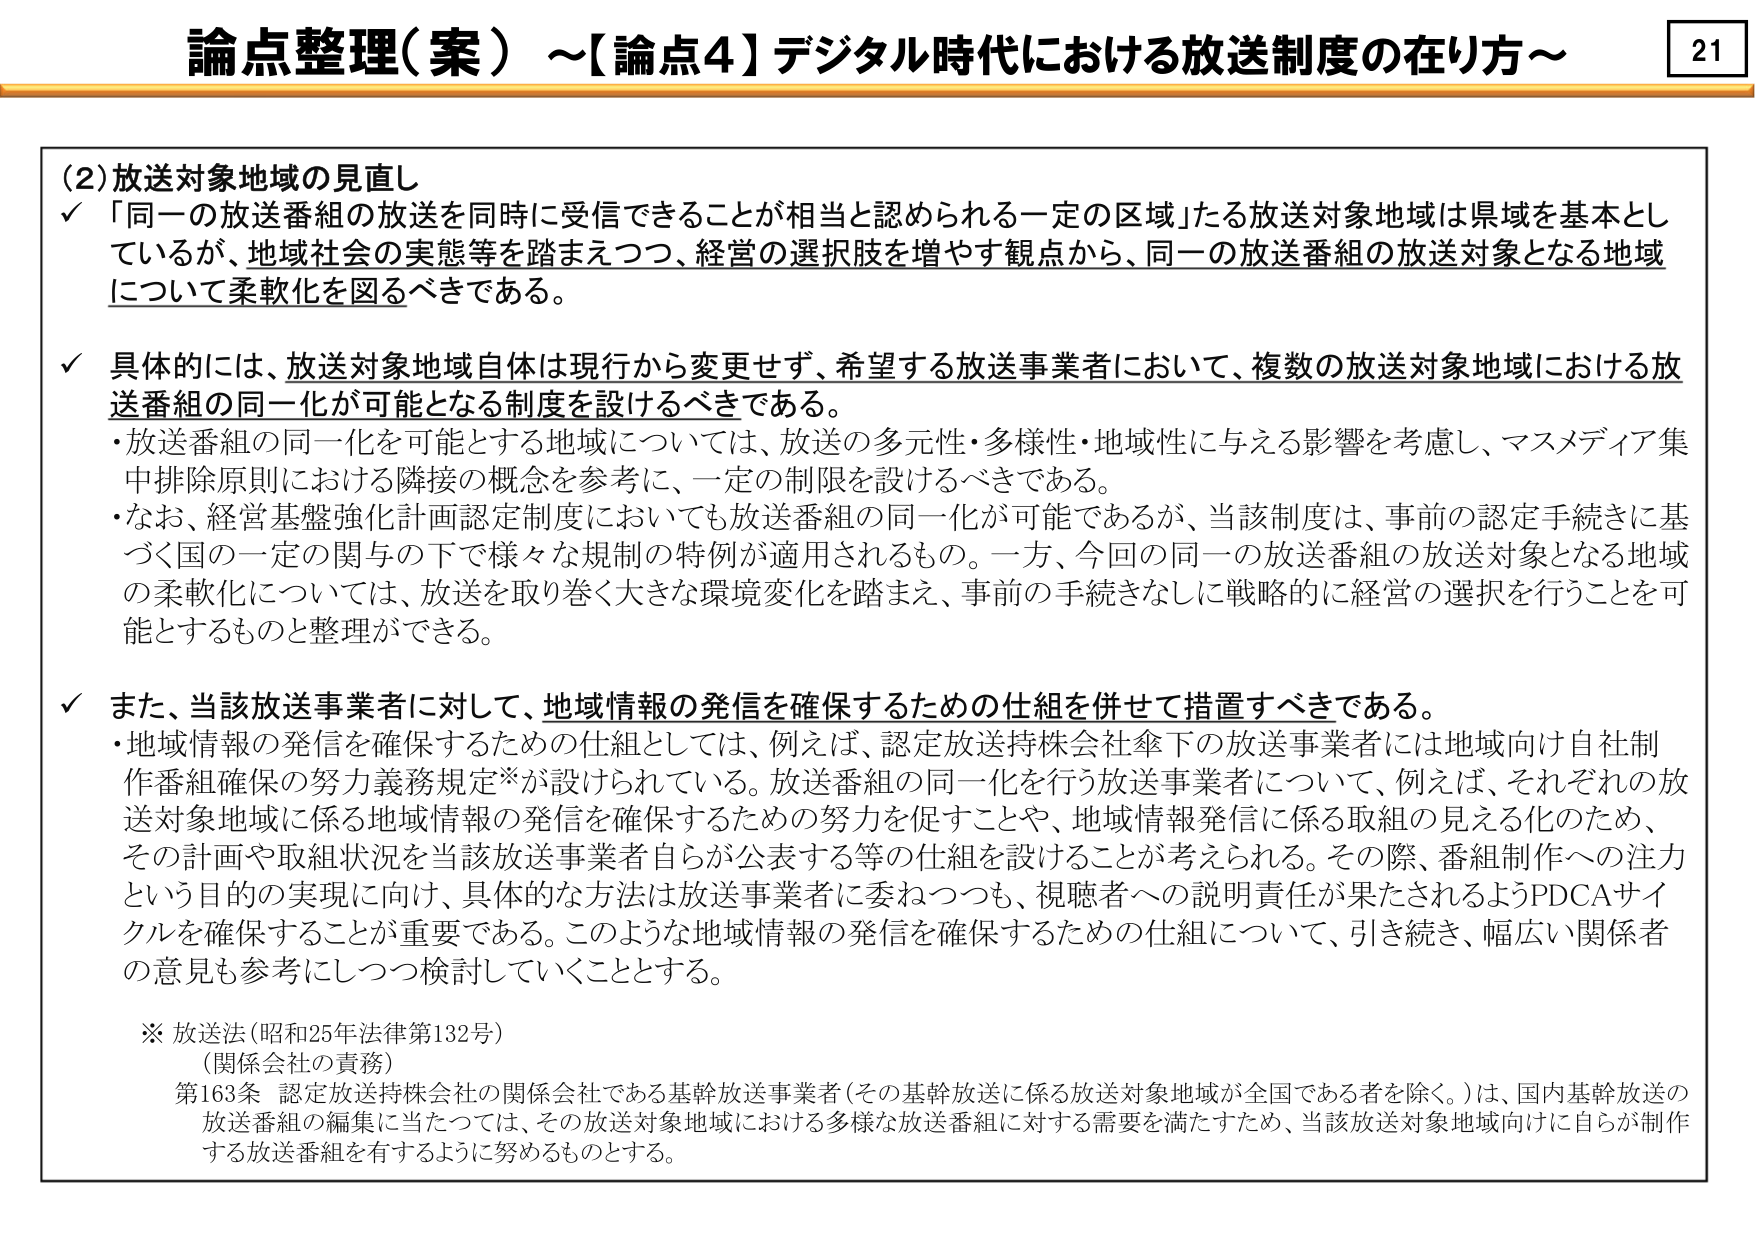
論点整理（案）～【論点4】デジタル時代における放送制度の在り方～

21

（2）放送対象地域の見直し
✓ 「同一の放送番組の放送を同時に受信できることが相当と認められる一定の区域」たる放送対象地域は県域を基本としているが、地域社会の実態等を踏まえつつ、経営の選択肢を増やす観点から、同一の放送番組の放送対象となる地域について柔軟化を図るべきである。

✓ 具体的には、放送対象地域自体は現行から変更せず、希望する放送事業者において、複数の放送対象地域における放送番組の同一化が可能となる制度を設けるべきである。
・放送番組の同一化を可能とする地域については、放送の多元性・多様性・地域性に与える影響を考慮し、マスメディア集中排除原則における隣接の概念を参考に、一定の制限を設けるべきである。
・なお、経営基盤強化計画認定制度においても放送番組の同一化が可能であるが、当該制度は、事前の認定手続きに基づく国の一定の関与の下で様々な規制の特例が適用されるもの。一方、今回の同一の放送番組の放送対象となる地域の柔軟化については、放送を取り巻く大きな環境変化を踏まえ、事前の手続きなしに戦略的に経営の選択を行うことを可能とするものと整理ができる。

✓ また、当該放送事業者に対して、地域情報の発信を確保するための仕組を併せて措置すべきである。
・地域情報の発信を確保するための仕組としては、例えば、認定放送持株会社傘下の放送事業者には地域向け自社制作番組確保の努力義務規定※が設けられている。放送番組の同一化を行う放送事業者について、例えば、それぞれの放送対象地域に係る地域情報の発信を確保するための努力を促すことや、地域情報発信に係る取組の見える化のため、その計画や取組状況を当該放送事業者自らが公表する等の仕組を設けることが考えられる。その際、番組制作への注力という目的の実現に向け、具体的な方法は放送事業者に委ねつつも、視聴者への説明責任が果たされるようPDCAサイクルを確保することが重要である。このような地域情報の発信を確保するための仕組について、引き続き、幅広い関係者の意見も参考にしつつ検討していくこととする。

※ 放送法（昭和25年法律第132号）
（関係会社の責務）
第163条 認定放送持株会社の関係会社である基幹放送事業者（その基幹放送に係る放送対象地域が全国である者を除く。）は、国内基幹放送の放送番組の編集に当たっては、その放送対象地域における多様な放送番組に対する需要を満たすため、当該放送対象地域向けに自らが制作する放送番組を有するように努めるものとする。